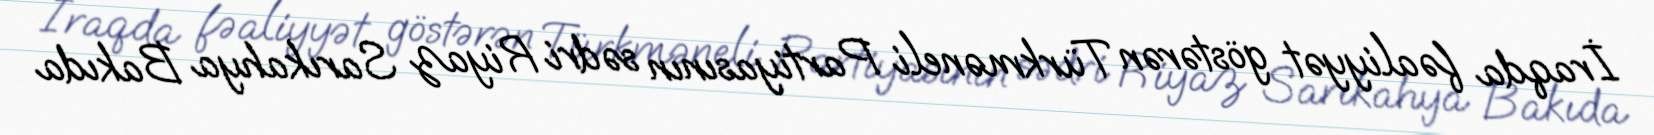
İraqda fəaliyyət göstərən Türkməneli Partiyasının sədri Riyaz Sarıkahya Bakıda